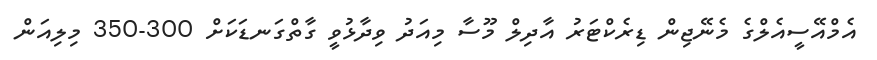
އެމްއޭސީއެލްގެ މެނޭޖިން ޑިރެކްޓަރު އާދިލް މޫސާ މިއަދު ވިދާޅުވީ ގާތްގަނޑަކަށް 300-350 މިލިއަން